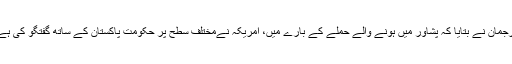
ترجمان نے بتایا کہ پشاور میں ہونے والے حملے کے بارے میں، امریکہ نےمختلف سطح پر حکومت ِپاکستان کے ساتھ گفتگو کی ہے۔